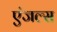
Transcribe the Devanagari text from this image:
एंजल्‍स